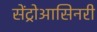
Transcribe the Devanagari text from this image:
सेंट्रोआसिनरी